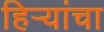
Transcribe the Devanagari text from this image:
हिर्‍यांचा